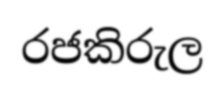
රජකිරුල